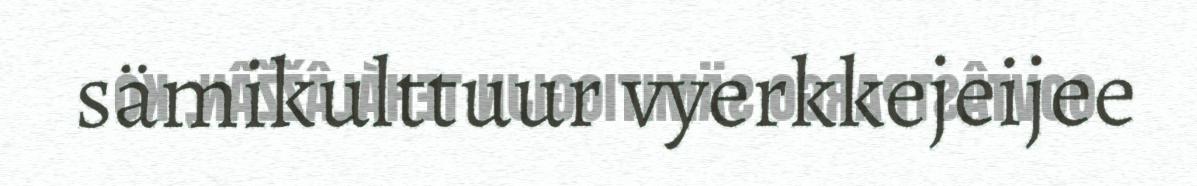
sämikulttuur vyerkkejeijee